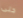
حتى